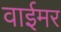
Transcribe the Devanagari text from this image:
वाईमर